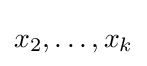
x_{2},\dots ,x_{k}